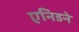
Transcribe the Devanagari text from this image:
एनिडने